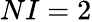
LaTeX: NI=2